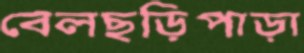
বেলছড়িপাড়া